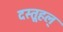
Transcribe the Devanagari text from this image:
दस्तूहल्